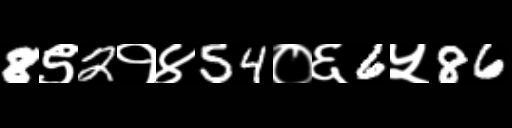
Text: 8९2१४54०६6५86